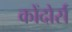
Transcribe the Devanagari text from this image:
कोंदोर्स